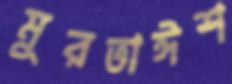
মুরতাঈশ